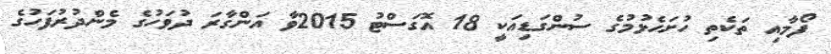
ފޯމާއި ތަކެތި ހުށަހެޅުމުގެ ސުންގަޑިއަކީ 18 އޮގަސްޓު 2015ވާ އަންގާރަ ދުވަހުގެ މެންދުރުފަހުގެ